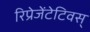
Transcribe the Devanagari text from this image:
रिप्रेजेंटेटिवस्